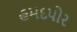
હમદપોર